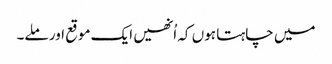
میں چاہتا ہوں کہ اُنھیں ایک موقع اور ملے۔